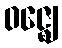
ဝဇ္ဈေ